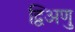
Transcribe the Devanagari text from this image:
द्विअणु